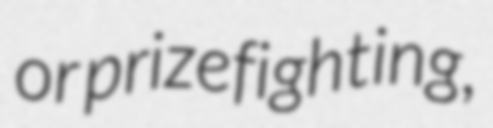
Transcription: or prizefighting,